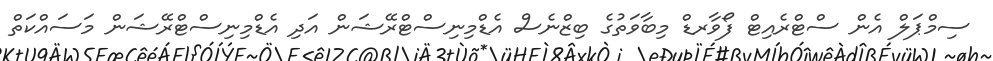
ސިމްޕަލް އެން ސްޓްރެއިޓް ފޯވާރޑް މިބާވަތުގެ ބިޒްނެސް އެޑްމިނިސްޓްރޭޝަން އަދި އެޑްމިނިސްޓްރޭޝަން މަސައްކަތް